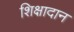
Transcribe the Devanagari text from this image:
शिक्षादान